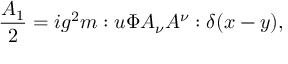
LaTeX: \frac { A _ { 1 } } { 2 } = i g ^ { 2 } m : u \Phi A _ { \nu } A ^ { \nu } : \delta ( x - y ) ,